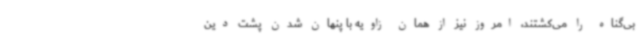
بی‌گناه را می‌کشتند، امروز نیز از همان زاویه با پنهان شدن پشت دین